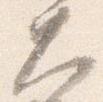
大